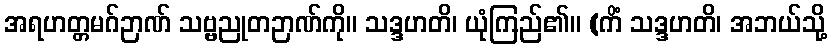
အရဟတ္တမဂ်ဉာဏ် သဗ္ဗညုတဉာဏ်ကို။ သဒ္ဒဟတိ၊ ယုံကြည်၏။ (ကိံ သဒ္ဒဟတိ၊ အဘယ်သို့